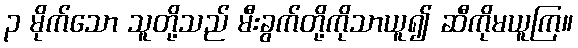
၃ မိုက်သော သူတို့သည် မီးခွက်တို့ကိုသာယူ၍ ဆီကိုမယူကြ။